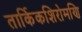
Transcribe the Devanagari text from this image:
तार्किकशिरोमणि